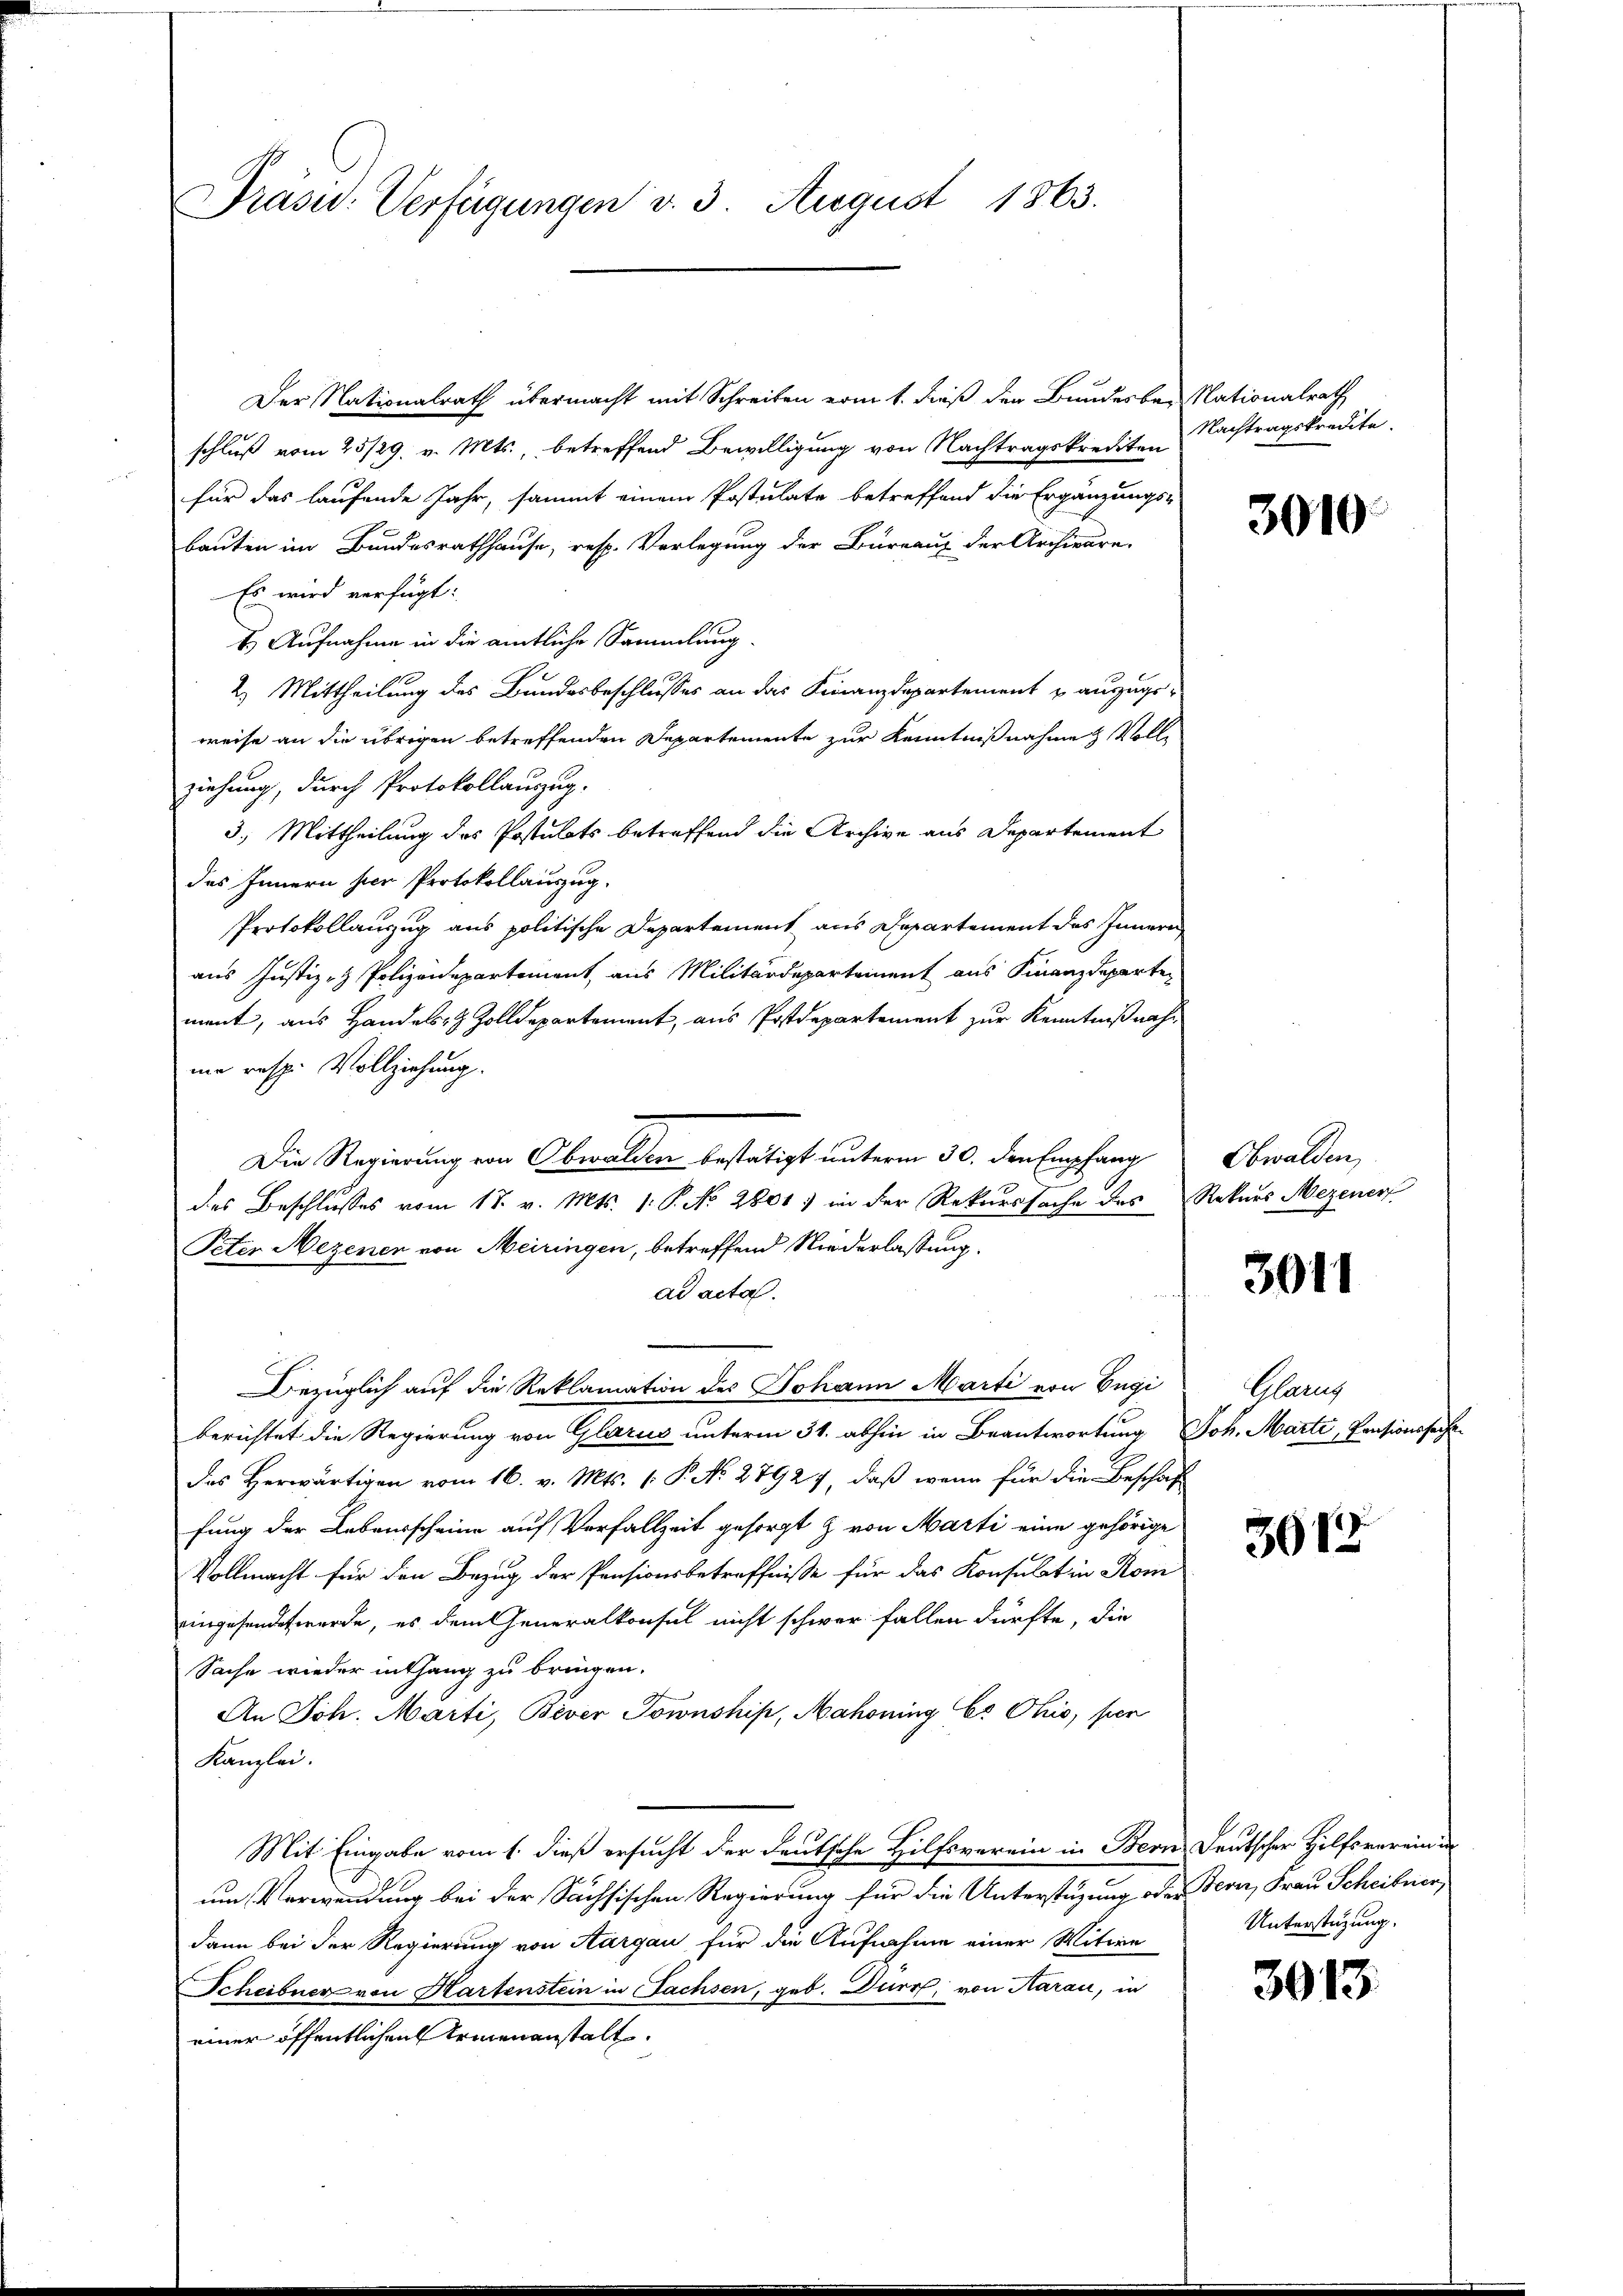
Präsid. Verfügungen v. 3. August 1863.

Der Nationalrath übermacht mit Schreiben vom 1. dieß der Bunderber Nationalrath
schluß vom 25/29. v. Mts., betreffend Bewilligung von Nachtragskrediten
für das laufende Jahr, sammt einem Postulate betreffend die Ergänzungs-
bauten im Bundesrathhause, resp. Verlegung der Bureaus der Archivare-
Es wird verfügt:
2) Aufnahme in die amtliche Sammlung.
2.) Mittheilung des Bundesbeschlusses an das Finanzdepartement u auszugeweise an die übrigen betreffenden Departemente zur Kenntnißnahme Volle
ziehung, durch Protokollauszug.
3.) Mittheilung des Postulats betreffend die Archive aus Departement
des Innern hier Protokollauszug.
Protokollanzug aus politische Departement aus Departement das Inneren
aus Justiz- & Polizeidepartement aus Militärdepartement aus Finanzdeparte
ment, aus Handels- & Zolldepartement, aus Postdepartement zur Kenntnißnahum resp. Vollziehung.
Die Regierung von Obwalden bestätigt unterm 30. den Empfang
des Beschlusses vom 18. v. Mts. 1. P. No. 2801. in der Rekurssache des Rekurs Mezener
Peter Mezener von Meiringen, betreffend Niederlassung.
ad acta.
Bezüglich auf die Reklamation des Johann Marti von Engi
berichtet die Regierung von Glarus unterm 31. abhin in Beantwortung Joh. Marti, Pensionssache
des Herwärtigen vom 16. v. Mts. [ P. No. 27927, daß wenn für die Beschäf
fung der Lebensscheine auf Vorfallzeit gesorgt & von Marti eine gehörige
Vollmacht für den Bezug der Pensionsbetreffnisse für das Konsulat in Rom
eingesendet werde, es dem Generalkonsul nicht schwer fallen dürfte, die
Sache wieder enthang zu bringen.
An Joh. Marti, Bever Townshis, Mahoning Cs Ohio, per
Kanzlei.
Mit Eingabe vom 1. dieß ersucht der deutsche Hilfsverein in Bern Deutscher Hilfsvereini
um Verwendung bei der Sächsischen Regierung für die Unterstüzung oder Bern, Frau Scheibner
dann bei der Regierung von Aargau für die Aufnahme einer Witwe
Scheibner von Hartenstein in Fachsen, geb. Durch, von Aarau, in
einer öffentlichen Armenanstalt.

Nachtragskredite.

3010

Obwalden,

3011

Glanz

3913

Unterstüzung.

3013